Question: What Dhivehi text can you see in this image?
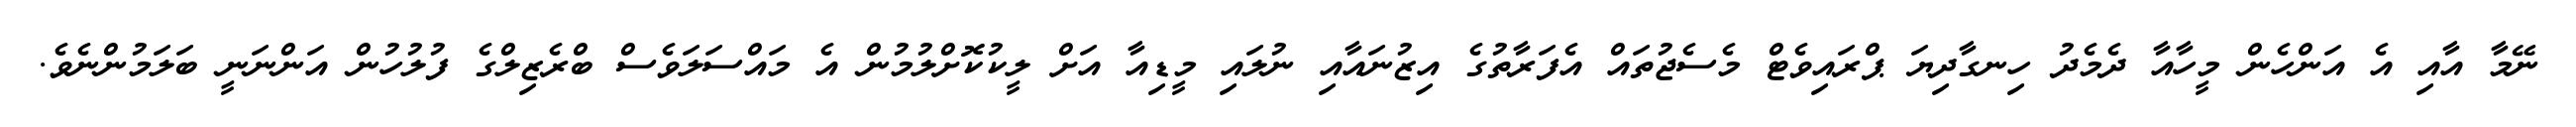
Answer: ނޭމާ އާއި އެ އަންހެން މީހާއާ ދެމެދު ހިނގާދިޔަ ޕްރައިވެޓް މެސެޖުތައް އެފަރާތުގެ އިޒުނައާއި ނުލައި މީޑިއާ އަށް ލީކުކޮށްލުމުން އެ މައްސަލަވެސް ބްރެޒިލްގެ ފުލުހުން އަންނަނީ ބަލަމުންނެވެ.